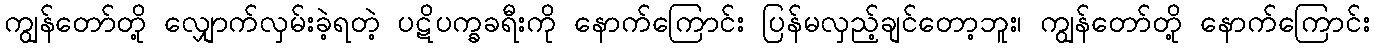
ကျွန်တော်တို့ လျှောက်လှမ်းခဲ့ရတဲ့ ပဋိပက္ခခရီးကို နောက်ကြောင်း ပြန်မလှည့်ချင်တော့ဘူး၊ ကျွန်တော်တို့ နောက်ကြောင်း